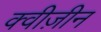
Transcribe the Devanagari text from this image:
क्वीज़ीन